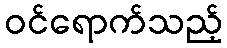
ဝင်ရောက်သည့်